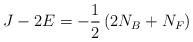
LaTeX: \begin{align*}J - 2E = -\frac{1}{2} \left( 2 N_B + N_F \right)\end{align*}